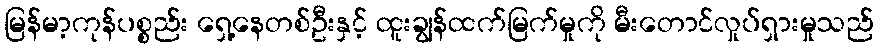
မြန်မာ့ကုန်ပစ္စည်း ရှေ့နေတစ်ဦးနှင့် ထူးချွန်ထက်မြက်မှုကို မီးတောင်လှုပ်ရှားမှုသည်